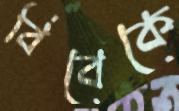
বিবেকে